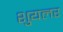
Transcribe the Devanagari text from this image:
शुयलर